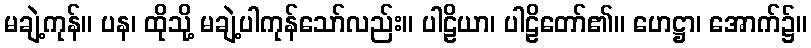
မချဲ့ကုန်။ ပန၊ ထိုသို့ မချဲ့ပါကုန်သော်လည်း။ ပါဠိယာ၊ ပါဠိတော်၏။ ဟေဋ္ဌာ၊ အောက်၌။